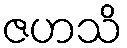
ဇဟသိ